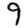
Digit: 9